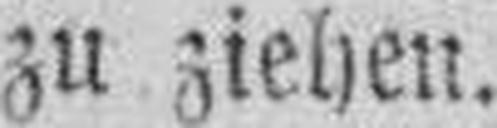
zu ziehen.